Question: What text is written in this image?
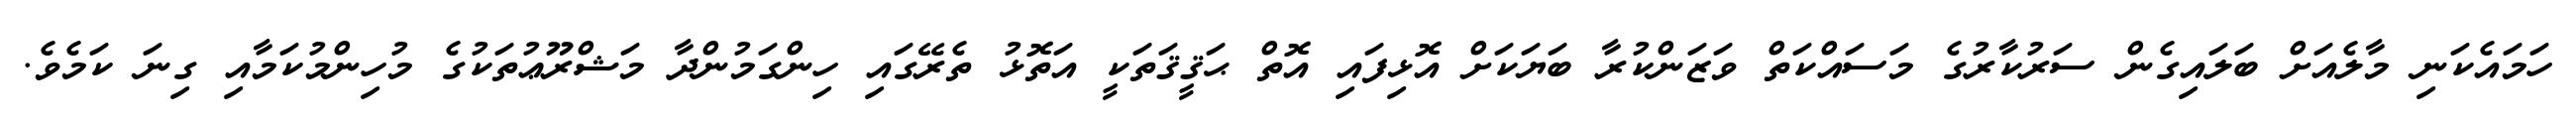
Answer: ހަމައެކަނި މާލެއަށް ބަލައިގެން ސަރުކާރުގެ މަސައްކަތް ވަޒަންކުރާ ބަޔަކަށް އޮޅިފައި އޮތް ޙަޤީޤަތަކީ އަތޮޅު ތެރޭގައި ހިންގަމުންދާ މަޝްރޫޢުތަކުގެ މުހިންމުކަމާއި ގިނަ ކަމެވެ.